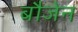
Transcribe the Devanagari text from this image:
बौजेन